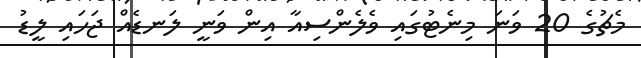
މެޗުގެ 20 ވަނަ މިނެޓުގައި ވެލެންސިއާ އިން ވަނީ ލަނޑެއް ޖަހައި ލީޑު